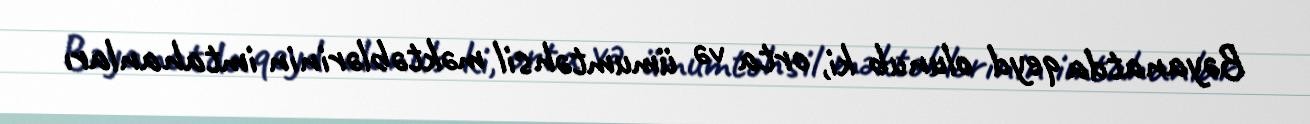
Bəyanatda qeyd olunub ki, orta və ümumtəhsil məktəblərinin imtahanları